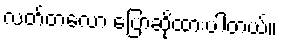
လတ်တလော ပြောဆိုထားပါတယ်။